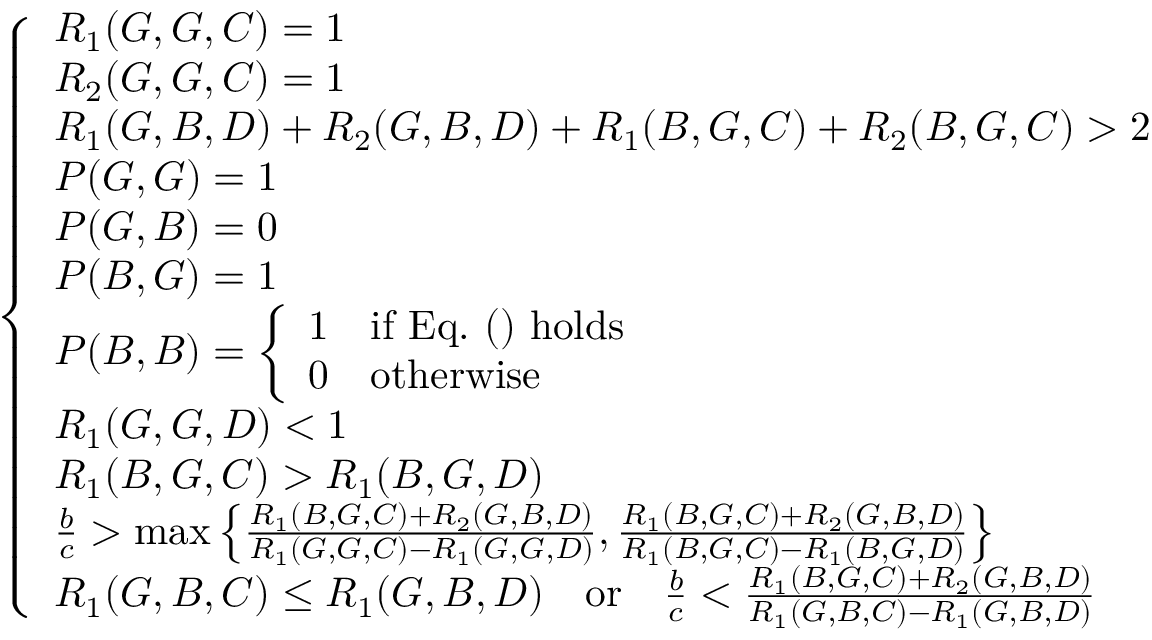
\left\{ \begin{array} { l l } { R _ { 1 } ( G , G , C ) = 1 } \\ { R _ { 2 } ( G , G , C ) = 1 } \\ { R _ { 1 } ( G , B , D ) + R _ { 2 } ( G , B , D ) + R _ { 1 } ( B , G , C ) + R _ { 2 } ( B , G , C ) > 2 } \\ { P ( G , G ) = 1 } \\ { P ( G , B ) = 0 } \\ { P ( B , G ) = 1 } \\ { P ( B , B ) = \left\{ \begin{array} { l l } { 1 } & { \mathrm { i f ~ E q . ~ ( ) ~ h o l d s } } \\ { 0 } & { \mathrm { o t h e r w i s e } } \end{array} \right. } \\ { R _ { 1 } ( G , G , D ) < 1 } \\ { R _ { 1 } ( B , G , C ) > R _ { 1 } ( B , G , D ) } \\ { \frac { b } { c } > \operatorname* { m a x } \left\{ \frac { R _ { 1 } ( B , G , C ) + R _ { 2 } ( G , B , D ) } { R _ { 1 } ( G , G , C ) - R _ { 1 } ( G , G , D ) } , \frac { R _ { 1 } ( B , G , C ) + R _ { 2 } ( G , B , D ) } { R _ { 1 } ( B , G , C ) - R _ { 1 } ( B , G , D ) } \right\} } \\ { R _ { 1 } ( G , B , C ) \leq R _ { 1 } ( G , B , D ) { \quad \mathrm { o r } \quad } \frac { b } { c } < \frac { R _ { 1 } ( B , G , C ) + R _ { 2 } ( G , B , D ) } { R _ { 1 } ( G , B , C ) - R _ { 1 } ( G , B , D ) } } \end{array} \right.